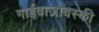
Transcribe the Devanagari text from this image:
गाईवाज़ोवस्की